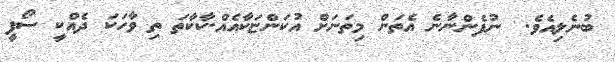
ބުނެލިއެވެ.  ނުފެންނާނެ އެތަން މިތަނަށް އުކަންޏަކާއެއް.ކާކާތަ ތި ވާހަކަ ދެއްކީ ސޯފީ